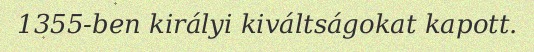
1355-ben királyi kiváltságokat kapott.